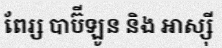
ពែរ្ស បាប៊ីឡូន និង អាស្ស៊ី